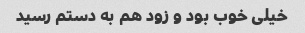
خیلی خوب بود و زود هم به دستم رسید